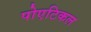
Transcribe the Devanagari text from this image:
पोएटिकल